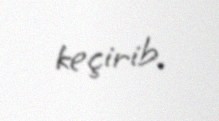
keçirib.